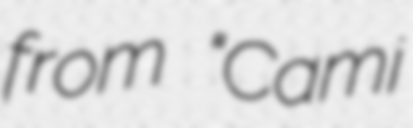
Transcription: from “Camí